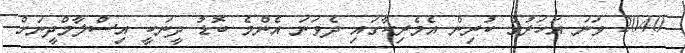
2040 ވަނަ އަހަރުގެ ކުރިން އެމެރިކާގައި ދެވަނަ އެންމެ ބޮޑު ދީނަކީ އިސްލާމްދީނަށް